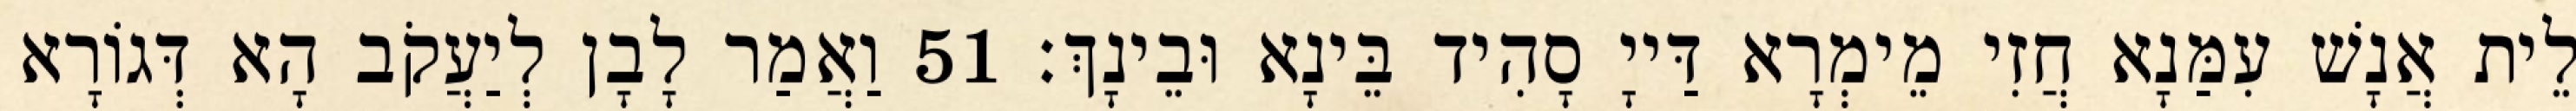
לֵית אֲנָשׁ עִמַּנָא חֲזִי מֵימְרָא דַּייָ סָהִיד בֵּינָא וּבֵינָךְ׃ 51 וַאֲמַר לָבָן לְיַעֲקֹב הָא דְּגוֹרָא